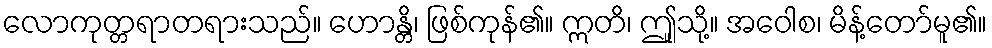
လောကုတ္တရာတရားသည်။ ဟောန္တိ၊ ဖြစ်ကုန်၏။ ဣတိ၊ ဤူသို့။ အဝေါစ၊ မိန့်တော်မူ၏။